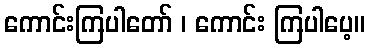
ကောင်းကြပါတော် ၊ ကောင်း ကြပါပေ့။